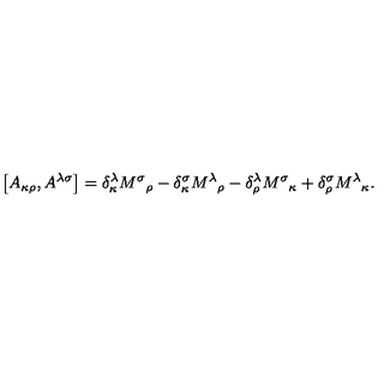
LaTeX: \left[ A _ { \kappa \rho } , A ^ { \lambda \sigma } \right] = \delta _ { \kappa } ^ { \lambda } { M ^ { \sigma } } _ { \rho } - \delta _ { \kappa } ^ { \sigma } { M ^ { \lambda } } _ { \rho } - \delta _ { \rho } ^ { \lambda } { M ^ { \sigma } } _ { \kappa } + \delta _ { \rho } ^ { \sigma } { M ^ { \lambda } } _ { \kappa } .